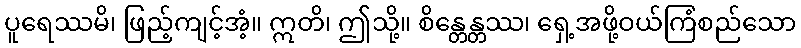
ပူရေဿမိ၊ ဖြည့်ကျင့်အံ့။ ဣတိ၊ ဤသို့။ စိန္တေန္တဿ၊ ရှေ့အဖို့ဝယ်ကြံစည်သော